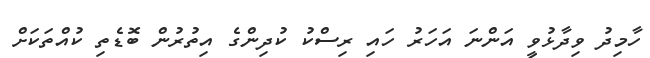
ހާމިދު ވިދާޅުވީ އަންނަ އަހަރު ހައި ރިސްކު ކުދިންގެ އިތުރުން ބޮޑެތި ކުއްތަކަށް